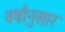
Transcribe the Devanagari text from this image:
वर्षांनुसार